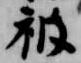
被